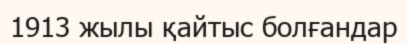
1913 жылы қайтыс болғандар